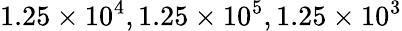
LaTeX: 1.25\times 10^{4},1.25\times 10^{5},1.25\times 10^{3}